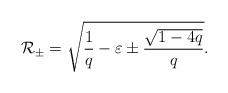
LaTeX: \begin{align*}{\cal R}_\pm=\sqrt{\frac{1}{q}-\varepsilon\pm\frac{\sqrt{1-4q}}{q}}.\end{align*}